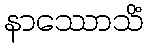
နာဿောသိံ